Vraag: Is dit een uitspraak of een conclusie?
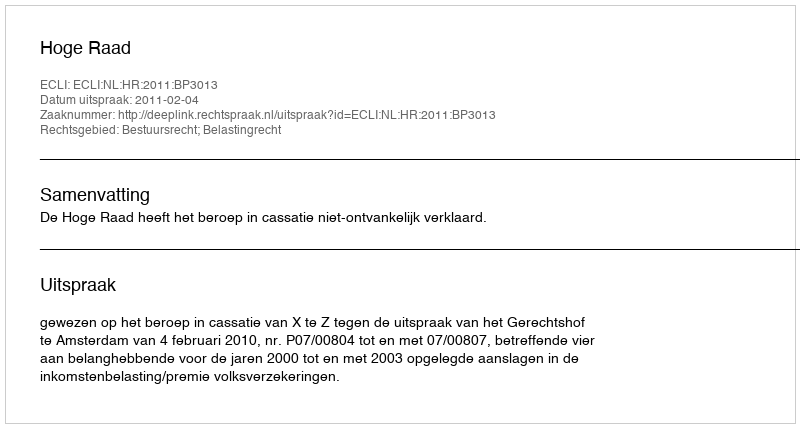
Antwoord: Uitspraak